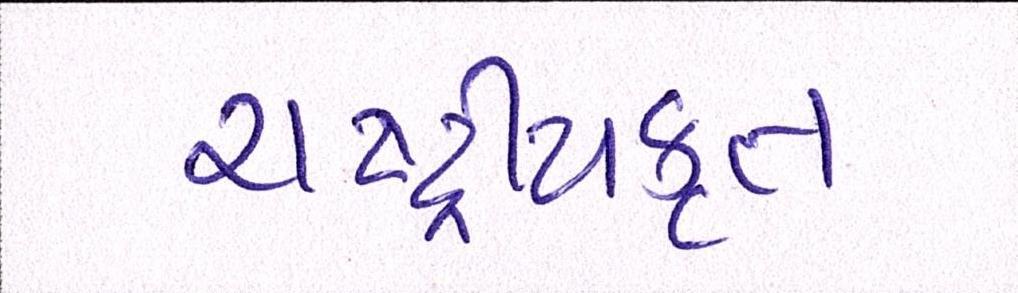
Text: રાષ્ટ્ર્રીયકૃત